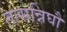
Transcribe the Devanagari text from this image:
तत्सन्निघौ